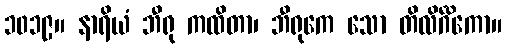
၁၀၁၉။ နာရိယံ ဘီရု ကထိတာ၊ ဘီရုကေ သော တိလိင်္ဂိကော။